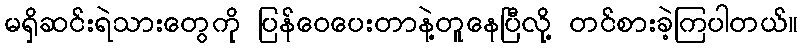
မရှိဆင်းရဲသားတွေကို ပြန်ဝေပေးတာနဲ့တူနေပြီလို့ တင်စားခဲ့ကြပါတယ်။